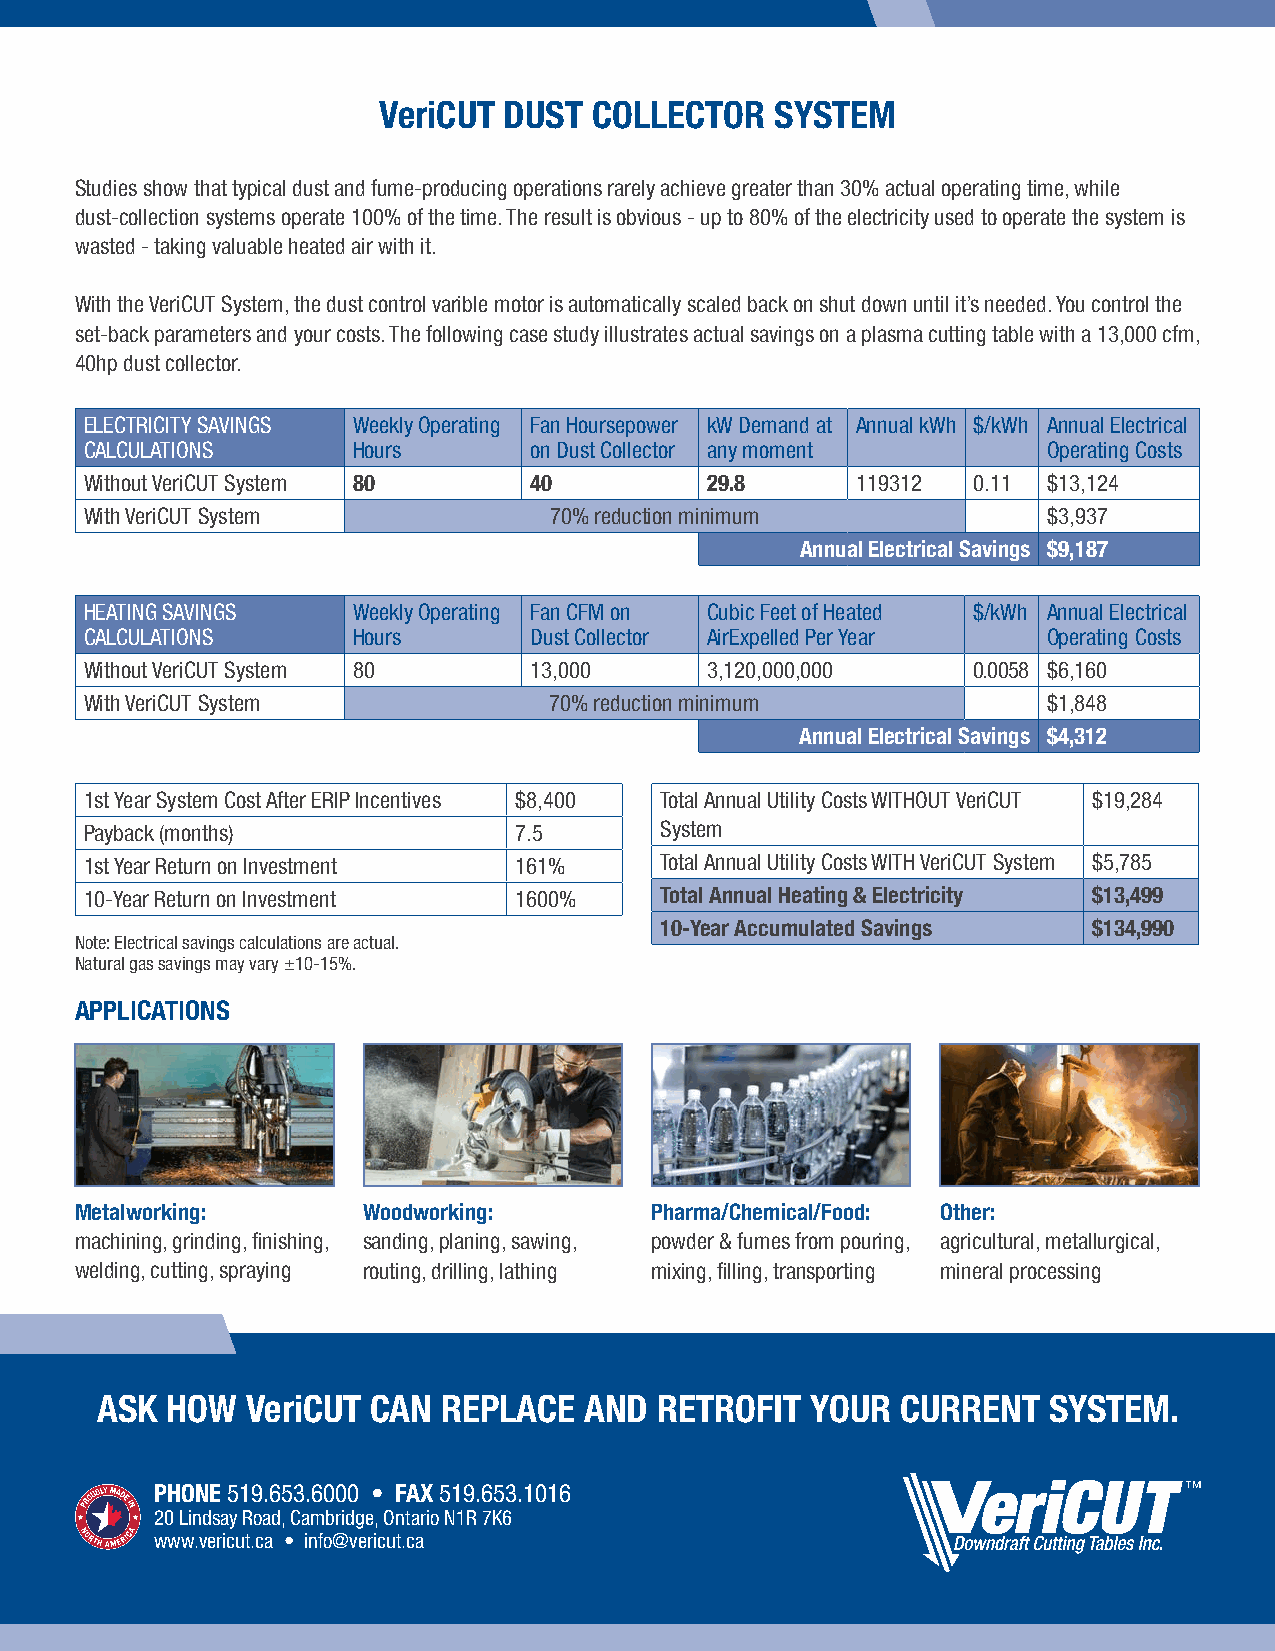
VeriCUT DUST  COLLECTOR   SYSTEM
 Studies show that typical dust and fume-producing operations rarely achieve greater than 30% actual operating time, while
 dust-collection systems operate 100% of the time. The result is obvious - up to 80% of the electricity used to operate the system is
 wasted - taking valuable heated air with it.
 With the VeriCUT System, the dust control varible motor is automatically scaled back on shut down until it’s needed. You control the
 set-back parameters and your costs. The following case study illustrates actual savings on a plasma cutting table with a 13,000 cfm,
 40hp dust collector.
 ELECTRICITY SAVINGS Weekly Operating Fan Hoursepower kW Demand at Annual kWh $/kWh Annual Electrical
 CALCULATIONS     Hours       on Dust Collector any moment      Operating Costs
 Without VeriCUT System 80    40          29.8      119312 0.11 $13,124
 With VeriCUT System           70% reduction minimum            $3,937
 Annual Electrical Savings $9,187
 HEATING SAVINGS  Weekly Operating Fan CFM on Cubic Feet of Heated $/kWh Annual Electrical
 CALCULATIONS     Hours       Dust Collector AirExpelled Per Year Operating Costs
 Without VeriCUT System 80    13,000      3,120,000,000    0.0058 $6,160
 With VeriCUT System           70% reduction minimum            $1,848
 Annual Electrical Savings $4,312
 1st Year System Cost After ERIP Incentives $8,400 Total Annual Utility Costs WITHOUT VeriCUT $19,284
 Payback (months)            7.5       System
 1st Year Return on Investment 161%    Total Annual Utility Costs WITH VeriCUT System $5,785
 10-Year Return on Investment 1600%    Total Annual Heating & Electricity $13,499
 10-Year Accumulated Savings $134,990
 Note: Electrical savings calculations are actual.
 Natural gas savings may vary ±10-15%.
 APPLICATIONS
 Metalworking:      Woodworking:       Pharma/Chemical/Food: Other:
 machining, grinding, finishing, sanding, planing, sawing, powder & fumes from pouring, agricultural, metallurgical,
 welding, cutting, spraying routing, drilling, lathing mixing, filling, transporting mineral processing
 ASK  HOW  VeriCUT  CAN REPLACE   AND  RETROFIT  YOUR  CURRENT  SYSTEM.
 PHONE 519.653.6000 • FAX 519.653.1016
 20 Lindsay Road, Cambridge, Ontario N1R 7K6
 www.vericut.ca • info@vericut.ca